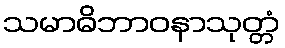
သမာဓိဘာဝနာသုတ္တံ